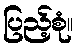
ပြည့်စုံ။